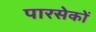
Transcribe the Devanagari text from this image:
पारसेकों